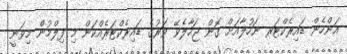
އަންހެން ޑައިރެކްޓަރ ނަހުލާއަށް ގޮން ޖަހާލެވޭ ވަރުގެ ޑައިރެކްޓަރެއްކަން މި ފިލްމުން މިވަނީ